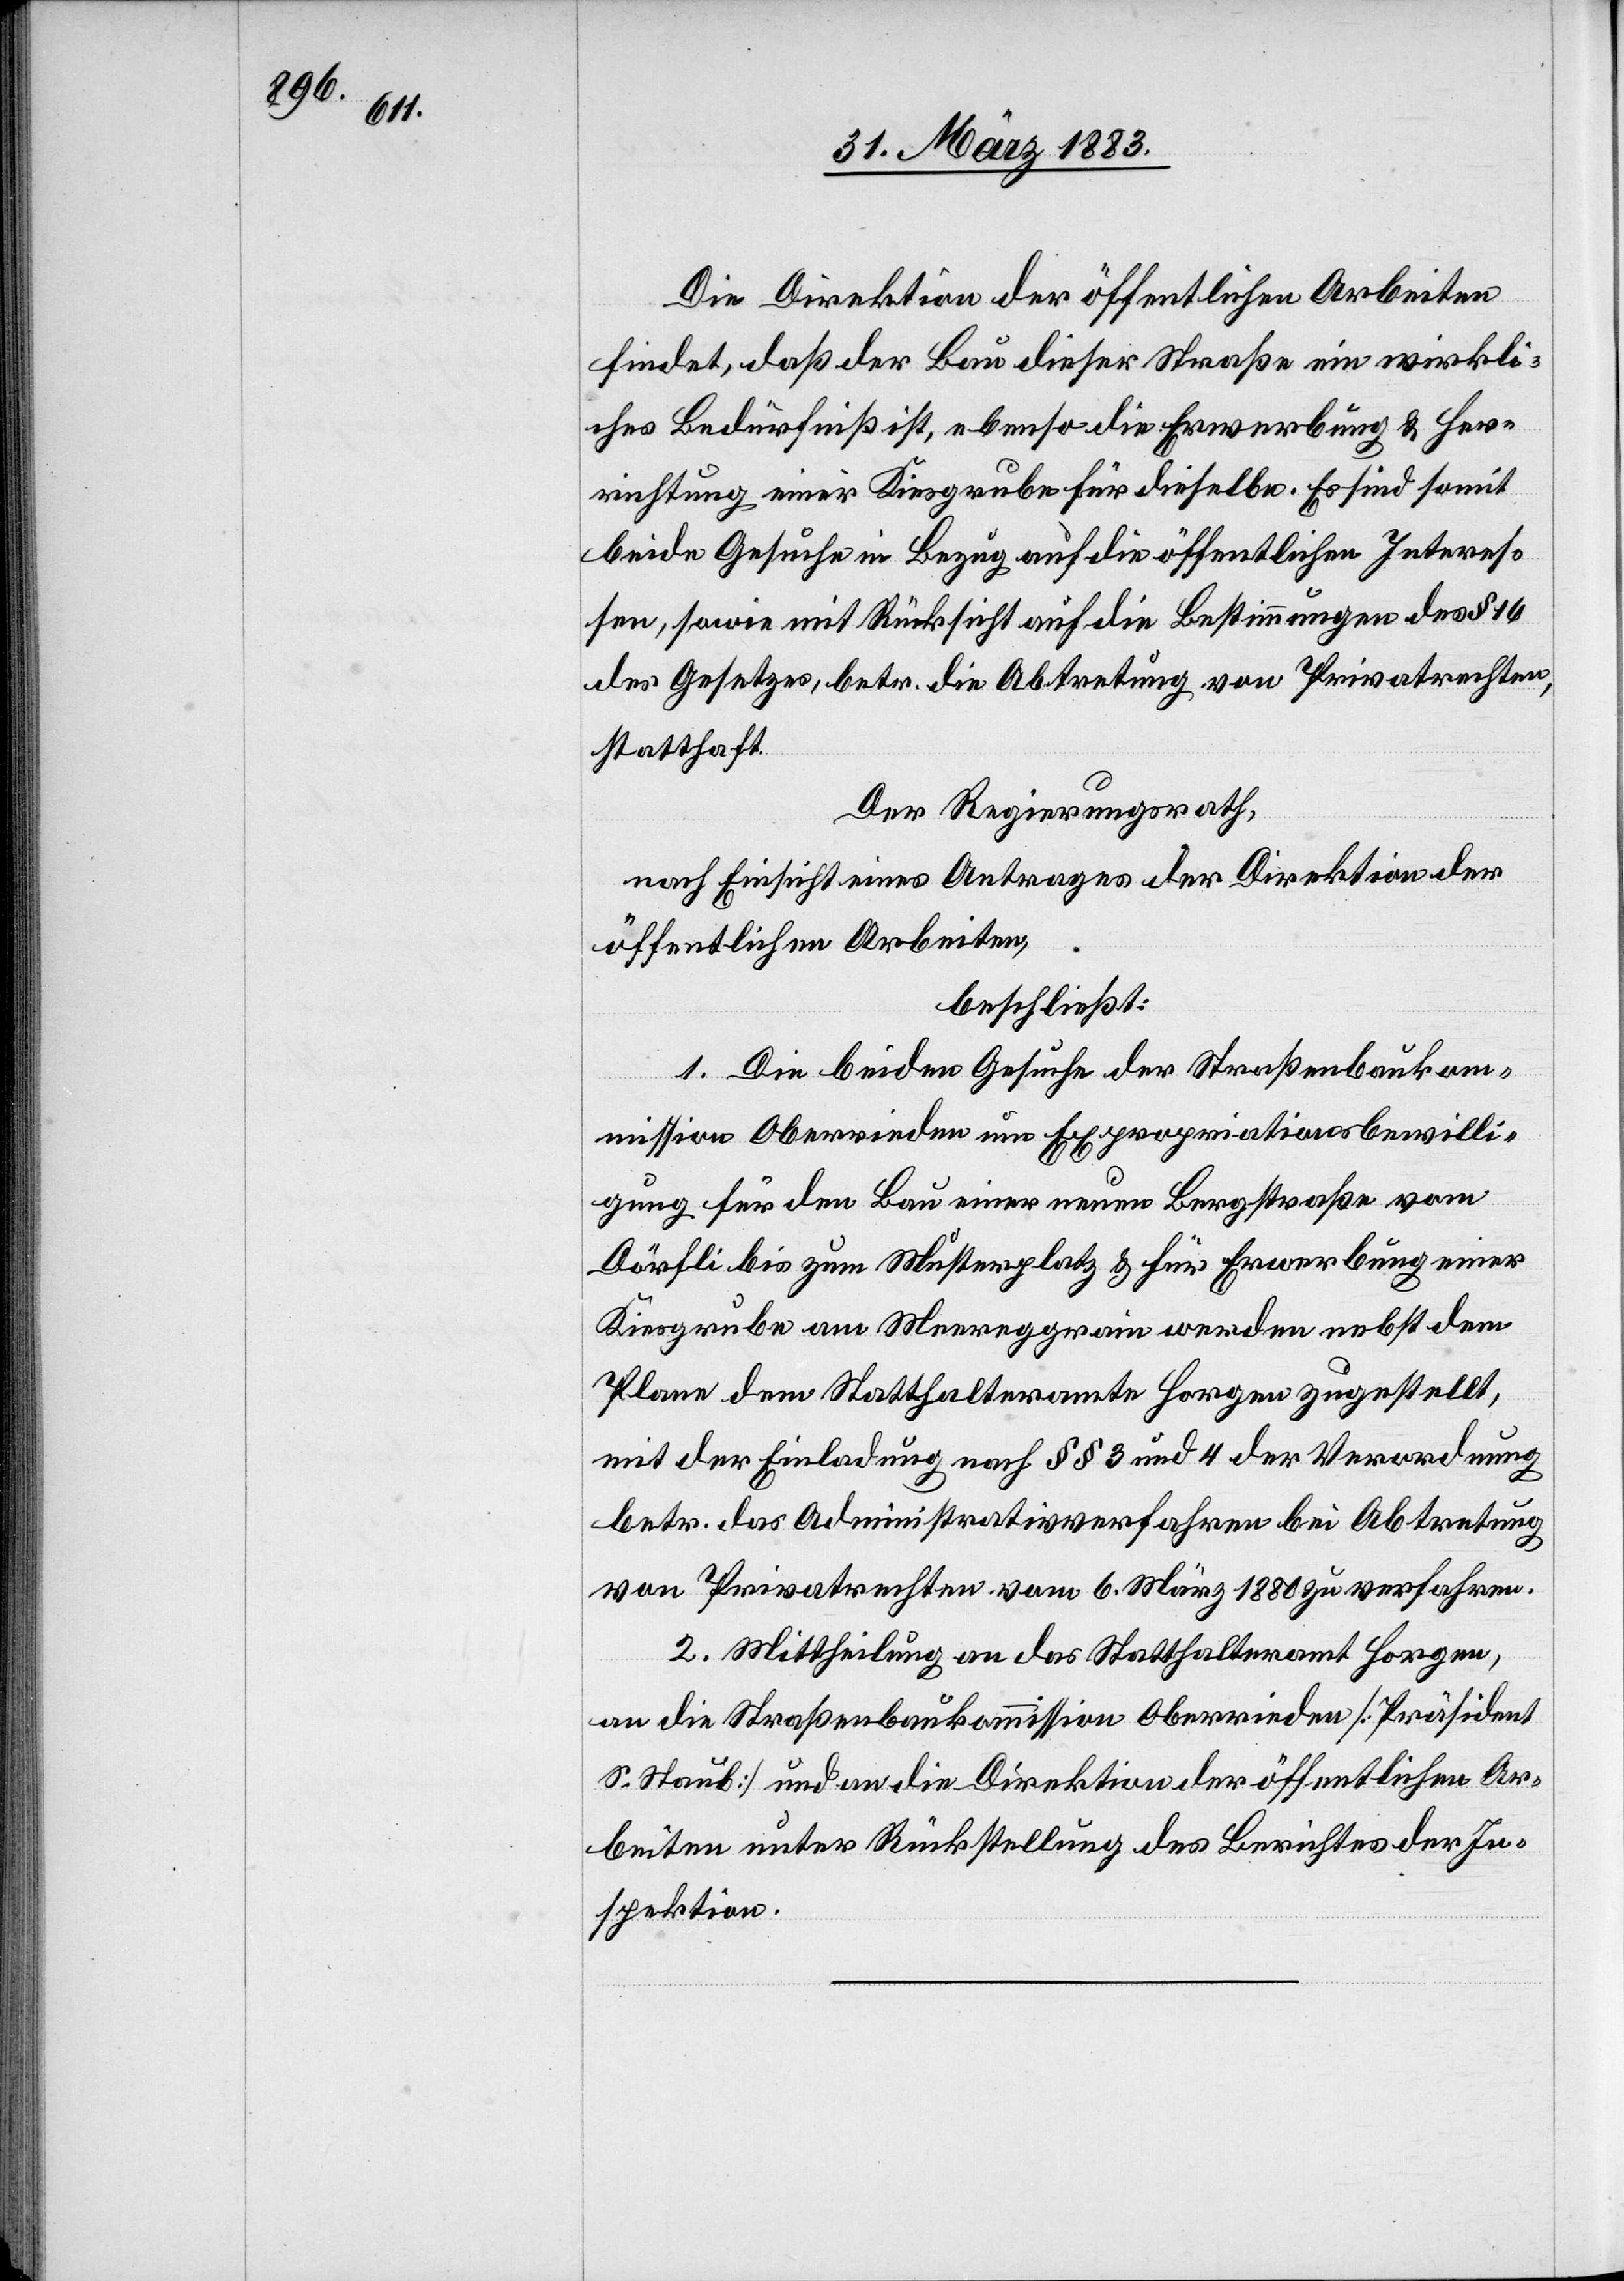
Die Direktion der öffentlichen Arbeiten
findet, daß der Bau dieser Straße ein wirkli¬
ches Bedürfniß ist, ebenso die Erwerbung & Her¬
richtung einer Kiesgrube für dieselbe. Es sind somit
beide Gesuche in Bezug auf die öffentlichen Interes¬
sen, sowie mit Rücksicht auf die Bestimmungen des § 16
des Gesetzes, betr. die Abtretung von Privatrechten,
statthaft.
Der Regierungsrath,
nach Einsicht eines Antrages der Direktion der
öffentlichen Arbeiten,
beschließt:
1. Die beiden Gesuche der Straßenbaukom¬
mission Oberrieden um Expropriationsbewilli¬
gung für den Bau einer neuen Bergstraße vom
Dörfli bis zum Musterplatz & für Erwerbung einer
Kiesgrube am Meereggrain werden nebst dem
Plane derm Statthalteramte Horgen zugestellt,
mit der Einladung nach §§ 3 und 4 der Verordnung
betr. das Administrativverfahren bei Abtretung
von Privatrechten vom 6. März 1880 zu verfahren.
2. Mittheilung an das Statthalteramt Horgen,
an die Straßenbaukommission Oberrieden [Präsident
S. Staub] und an die Direktion der öffentlichen Ar¬
beiten unter Rückstellung des Berichtes der In¬
spektion.